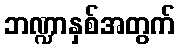
ဘဏ္ဍာနှစ်အတွက်